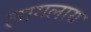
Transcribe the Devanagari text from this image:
लागलाय